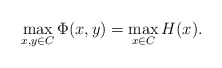
\begin{align*}\max_{x,y \in C} \Phi(x,y) = \max_{x \in C} H(x).\end{align*}